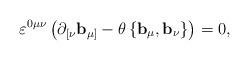
LaTeX: \begin{align*}\varepsilon ^{0\mu \nu }\left( \mathbf{\partial }_{[\nu }\mathbf{b}_{\mu]}-\theta \left\{ \mathbf{b}_{\mu },\mathbf{b}_{\nu }\right\} \right) =0,\end{align*}